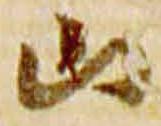
山